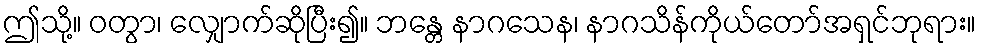
ဤသို့။ ဝတွာ၊ လျှောက်ဆိုပြီး၍။ ဘန္တေ နာဂသေန၊ နာဂသိန်ကိုယ်တော်အရှင်ဘုရား။